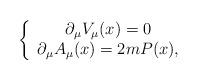
LaTeX: \begin{align*}\left\{ \begin{array}{c}\partial _{\mu }V_{\mu }(x)=0 \\ \partial _{\mu }A_{\mu }(x)=2mP(x),\end{array}\right.\end{align*}